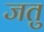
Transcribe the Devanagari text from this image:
जतु